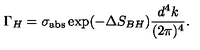
\Gamma _ { H } = \sigma _ { \mathrm { a b s } } \exp ( - \Delta S _ { B H } ) \frac { d ^ { 4 } k } { ( 2 \pi ) ^ { 4 } } .